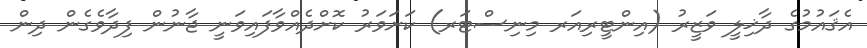
އެޤައުމުގެ ދާޚިލީ ވަޒީރު (އިންޓީރިއަރ މިނިސްޓަރ) ކަށަވަރު ކޮށްދެއްވާފައިވަނީ ޖާނުން ފިދާވެގެން ދިން